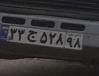
۲۳ج۵۲۸۹۸